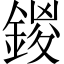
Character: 鍐